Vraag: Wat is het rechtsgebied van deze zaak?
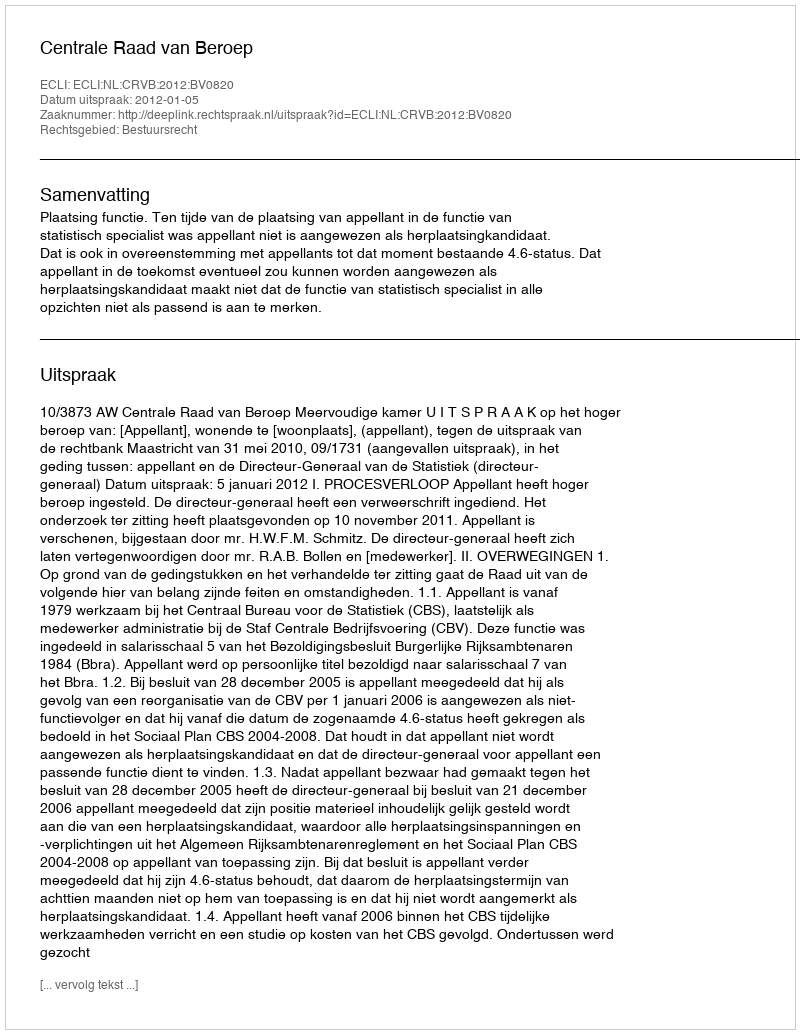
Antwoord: Bestuursrecht